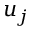
u _ { j }